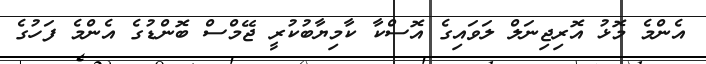
އެންމެ މޮޅު އޮރިޖިނަލް ލަވައިގެ އޮސްކާ ކާމިޔާބުކުރީ ޖޭމްސް ބޮންޑުގެ އެންމެ ފަހުގެ